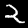
Digit: 2